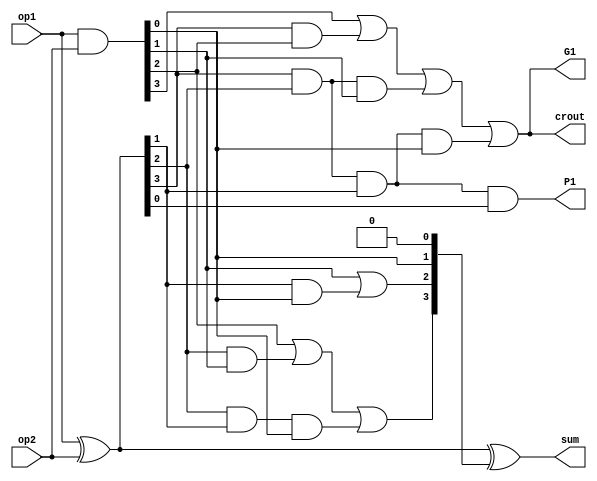
`timescale 1ns/10ps

module CLA4(sum,crout,P1,G1,op1,op2);
output [3:0]sum;
output crout;
output P1,G1;
input  [3:0] op1,op2;
wire [3:0]G,P,C;

    assign G = op1 & op2; //Generate
    assign P = op1 ^ op2; //Propagate
    assign C[0] = 0;
    assign C[1] = G[0] | (P[0] & C[0]);
    assign C[2] = G[1] | (P[1] & G[0]) | (P[1] & P[0] & C[0]);
    assign C[3] = G[2] | (P[2] & G[1]) | (P[2] & P[1] & G[0]) | (P[2] & P[1] & P[0] & C[0]);
    assign crout = G[3] | (P[3] & G[2]) | (P[3] & P[2] & G[1]) | (P[3] & P[2] & P[1] & G[0]) |(P[3] & P[2] & P[1] & P[0] & C[0]);
    assign sum = P ^ C;
    
    assign P1 = P[3] & P[2] & P[1] & P[0];
    assign G1 = G[3] | (P[3] & G[2]) | (P[3] & P[2] & G[1]) | (P[3] & P[2] & P[1] & G[0]);
endmodule